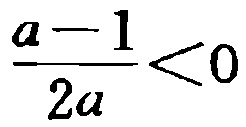
\frac{a - 1}{2a} < 0